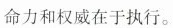
命力和权威在于执行。